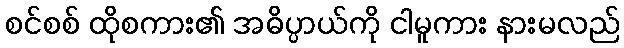
စင်စစ် ထိုစကား၏ အဓိပ္ပာယ်ကို ငါမူကား နားမလည်